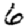
Digit: 6